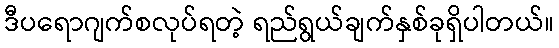
ဒီပရောဂျက်စလုပ်ရတဲ့ ရည်ရွယ်ချက်နှစ်ခုရှိပါတယ်။